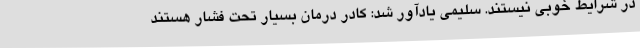
در شرایط خوبی نیستند. سلیمی یادآور شد: کادر درمان بسیار تحت فشار هستند